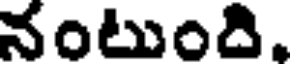
నంటుంది,